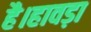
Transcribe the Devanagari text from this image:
है।हावड़ा